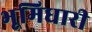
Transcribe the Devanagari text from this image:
भूमिधारी